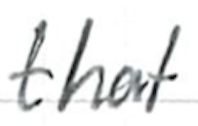
Text: that
Cross-out: clean
Writing tool: ballpoint